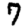
Digit: 7